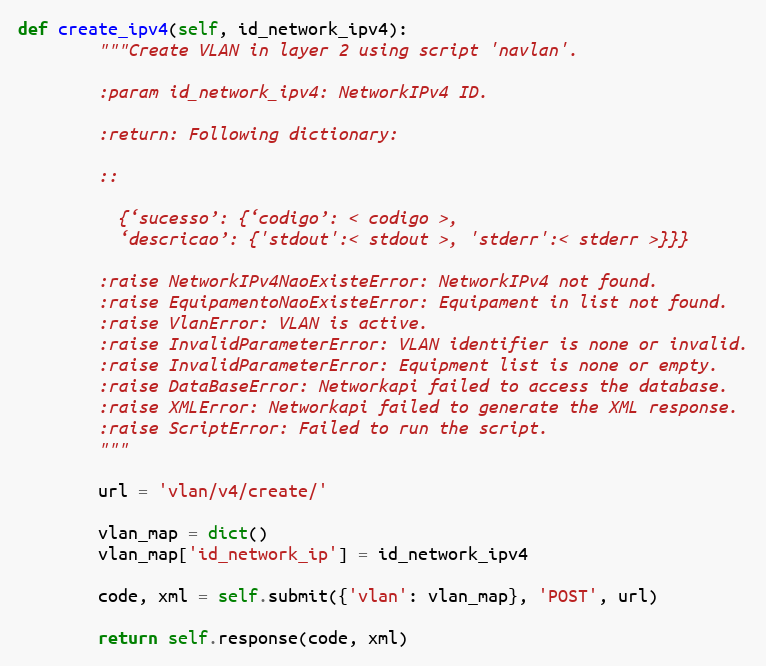
Language: Python
def create_ipv4(self, id_network_ipv4):
        """Create VLAN in layer 2 using script 'navlan'.

        :param id_network_ipv4: NetworkIPv4 ID.

        :return: Following dictionary:

        ::

          {‘sucesso’: {‘codigo’: < codigo >,
          ‘descricao’: {'stdout':< stdout >, 'stderr':< stderr >}}}

        :raise NetworkIPv4NaoExisteError: NetworkIPv4 not found.
        :raise EquipamentoNaoExisteError: Equipament in list not found.
        :raise VlanError: VLAN is active.
        :raise InvalidParameterError: VLAN identifier is none or invalid.
        :raise InvalidParameterError: Equipment list is none or empty.
        :raise DataBaseError: Networkapi failed to access the database.
        :raise XMLError: Networkapi failed to generate the XML response.
        :raise ScriptError: Failed to run the script.
        """

        url = 'vlan/v4/create/'

        vlan_map = dict()
        vlan_map['id_network_ip'] = id_network_ipv4

        code, xml = self.submit({'vlan': vlan_map}, 'POST', url)

        return self.response(code, xml)